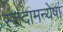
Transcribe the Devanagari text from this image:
स्तदामन्येषां